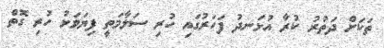
ތަކަށް ދަތުރު ކުރާ އުޅަނދު ފަހަރުގައި ހުރި ސަލާމަތީ ފިޔަވަޅު ހުރި ގޮތް